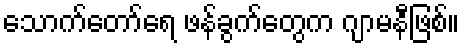
သောက်တော်ရေ ဖန်ခွက်တွေက ဂျာမနီဖြစ်။